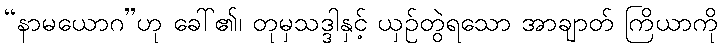
“နာမယောဂ”ဟု ခေါ်၏၊ တုမှသဒ္ဒါနှင့် ယှဉ်တွဲရသော အာချာတ် ကြိယာကို